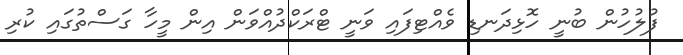
ފުލުހުން ބުނީ ހޮޅިދަނޑި ވެއްޓިފައި ވަނީ ޓްރަކްދުއްވަން އިން މީހާ ގަސްތުގައި ކުރި